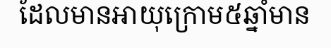
ដែលមានអាយុក្រោម៥ឆ្នាំមាន